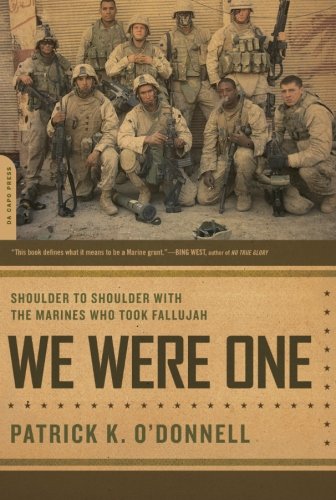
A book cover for We Were One: Shoulder to Shoulder with the Marines Who Took Fallujah; Patrick K. O'Donnell; History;